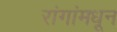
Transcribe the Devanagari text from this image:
रांगांमधून